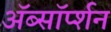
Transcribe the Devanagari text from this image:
ॲब्सॉर्प्शन